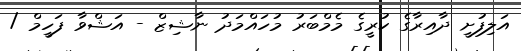
އަލިފުށީ ދާއިރާގެ ކުރީގެ މެމްބަރު މުހައްމަދު ނާޝިޒް - އަޝްވާ ފަހީމް /